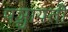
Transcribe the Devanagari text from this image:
पञ्चायती